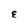
Character: E